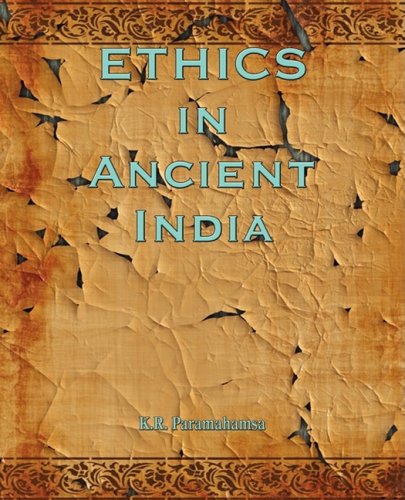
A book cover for Ethics in Ancient India; K. R. Paramahamsa; Religion & Spirituality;